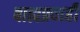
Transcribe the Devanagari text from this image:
बाह्यप्रवाही